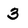
Character: 3